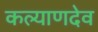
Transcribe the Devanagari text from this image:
कल्याणदेव